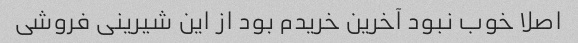
اصلا خوب نبود آخرین خریدم بود از این شیرینی فروشی